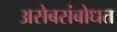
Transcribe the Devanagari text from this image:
असेबसंबोधत